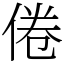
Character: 倦